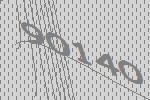
90140